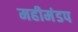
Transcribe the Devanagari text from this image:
महीमंडप